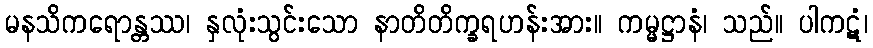
မနသိကရောန္တဿ၊ နှလုံးသွင်းသော နာတိတိက္ခရဟန်းအား။ ကမ္မဋ္ဌာနံ၊ သည်။ ပါကဋံ၊